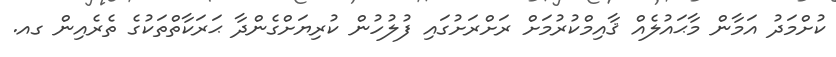
ކުށްމަދު އަމާން މާޙައުލެއް ޤާއިމްކުރުމަށް ރަށްރަށުގައި ފުލުހުން ކުރިޔަށްގެންދާ ޙަރަކާތްތަކުގެ ތެރެއިން ގއ.